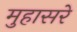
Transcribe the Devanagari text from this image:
मुहासरे